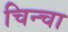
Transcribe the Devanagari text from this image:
चिन्चा